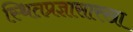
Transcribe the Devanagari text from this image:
स्थितप्रज्ञासारखा